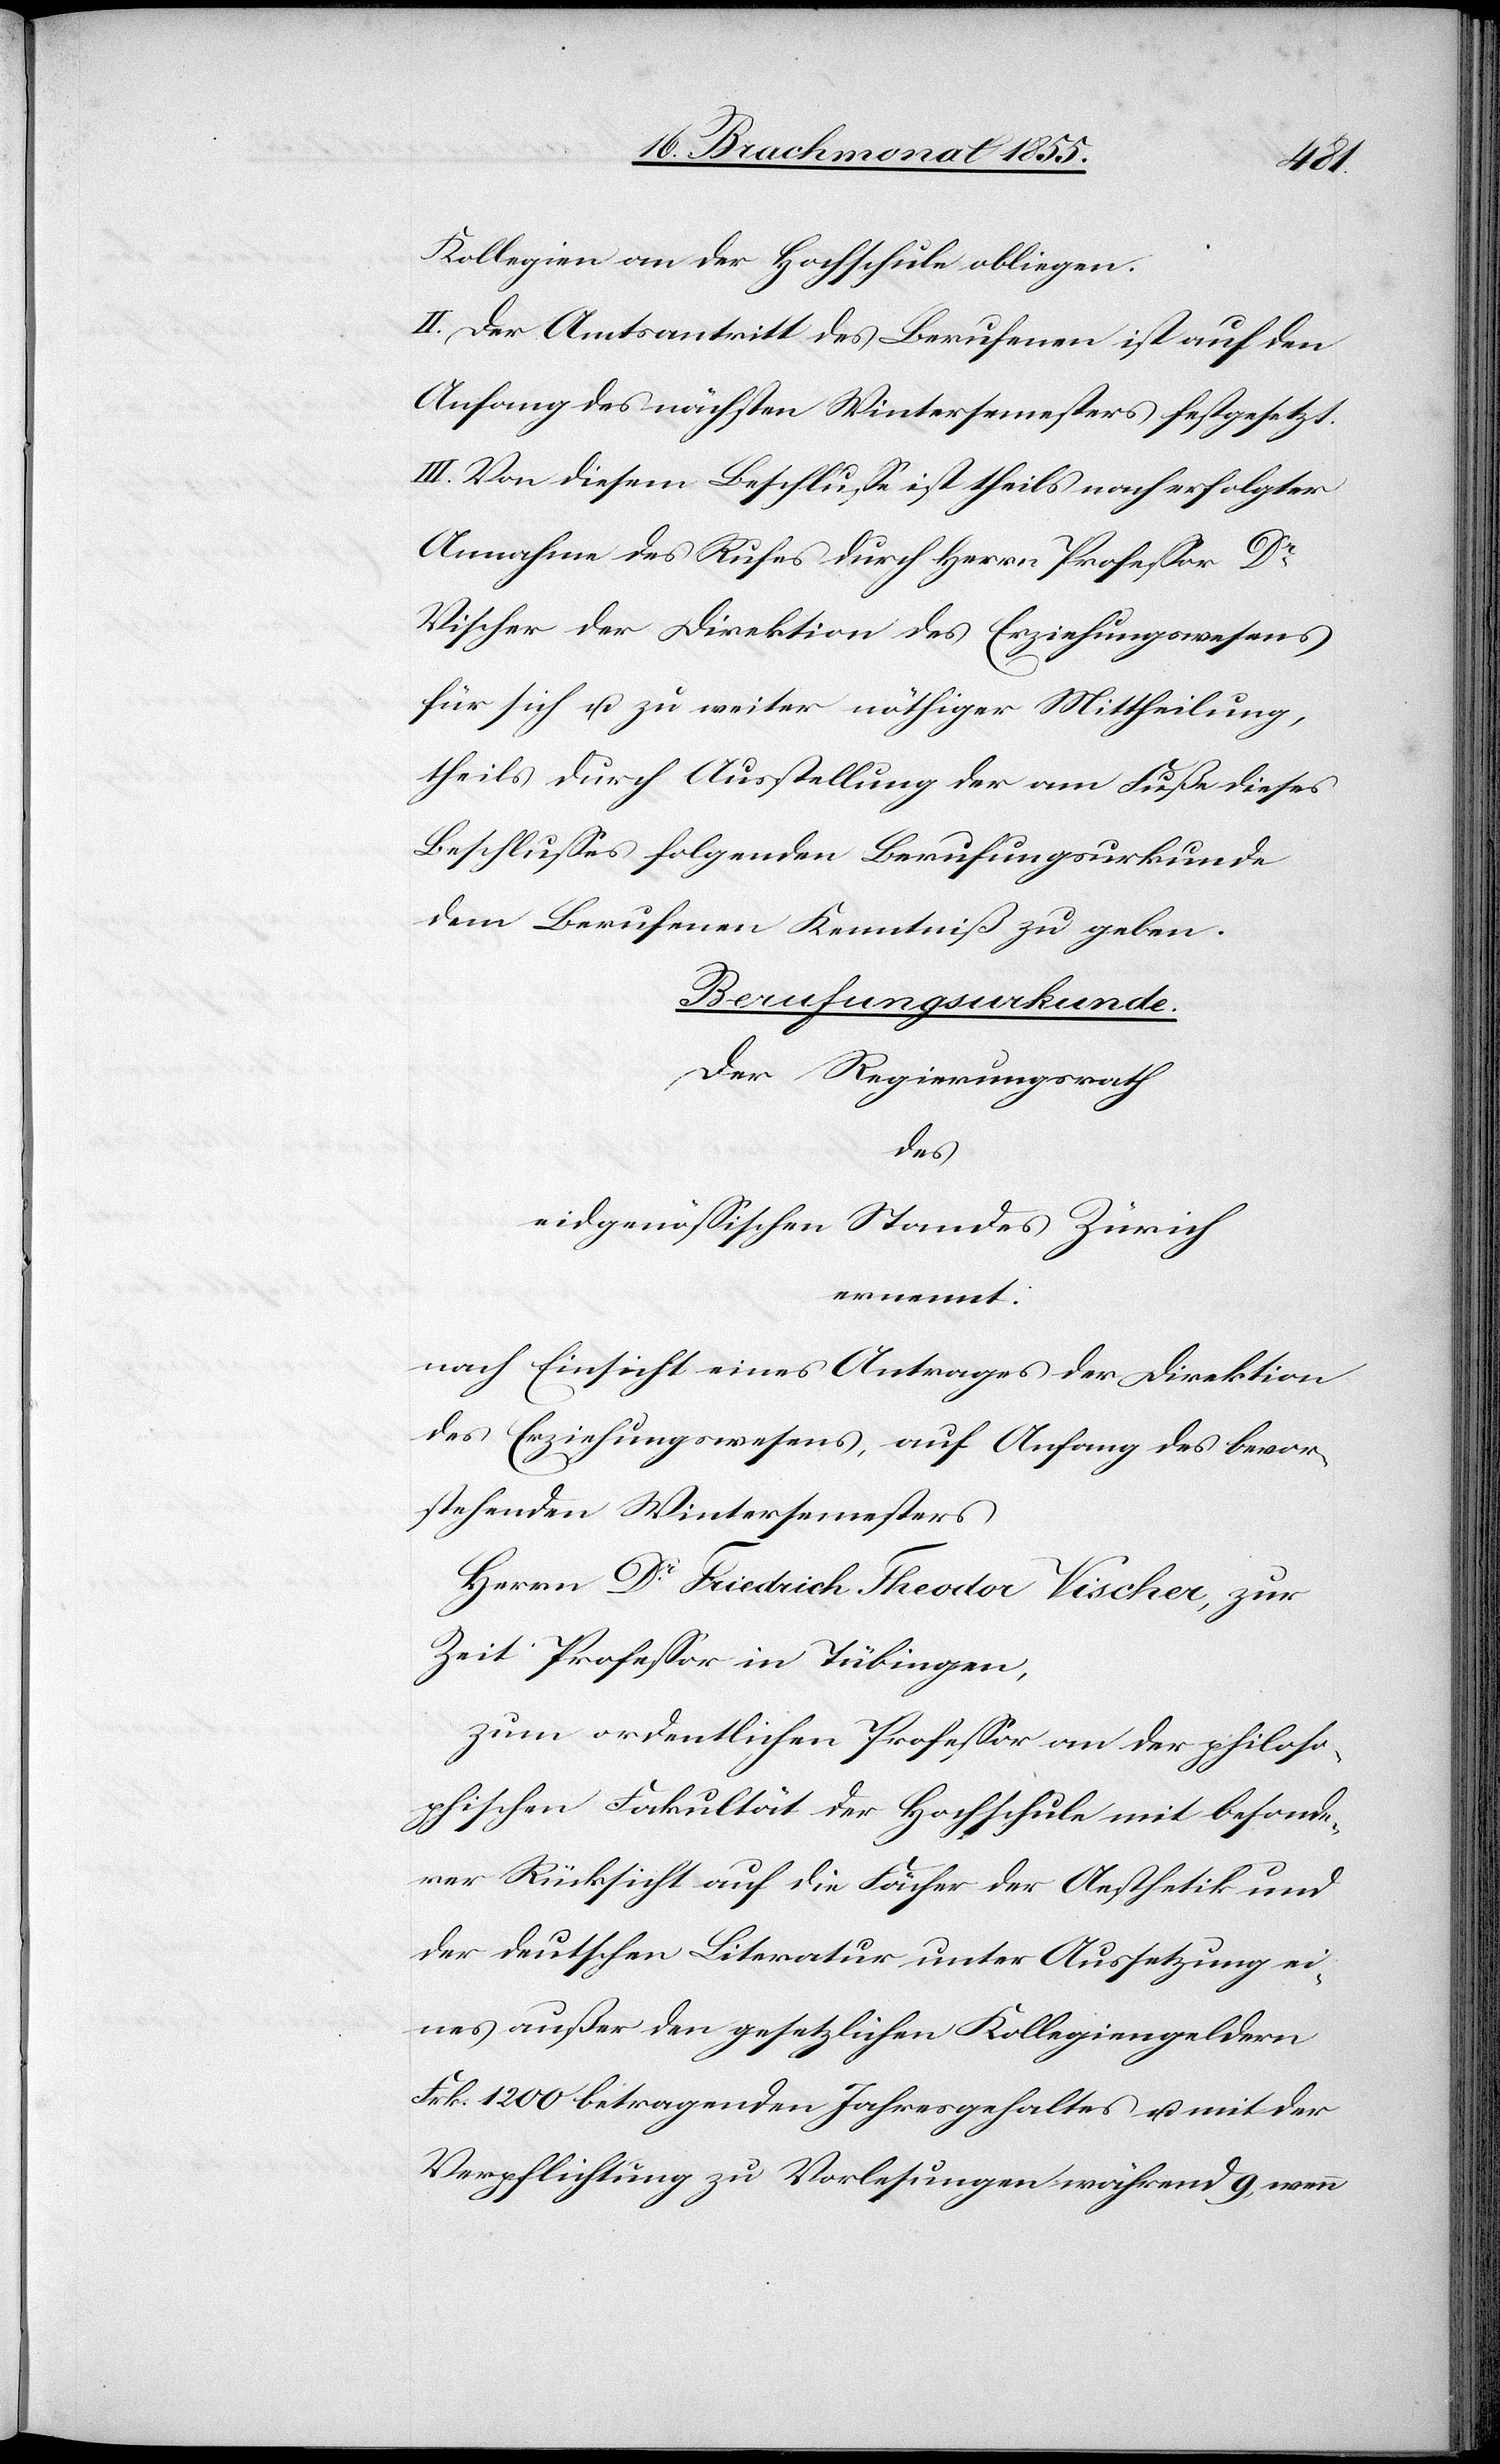
Kollegien an der Hochschule obliegen.
II. Der Amtsantritt des Berufenen ist auf den
Anfang des nächsten Wintersemesters festgesetzt.
III. Von diesem Beschlusse ist theils nach erfolgter
Annahme des Rufes durch Herrn Professor Dr
Vischer der Direktion des Erziehungswesens
für sich u. zu weiter nöthiger Mittheilung,
theils durch Ausstellung der am Fuße dieses
Beschlusses folgenden Berufungsurkunde
dem Berufenen Kenntniß zu geben.
Berufungsurkunde.
Der Regierungsrath
des
eidgenössischen Standes Zürich
ernennt:
nach Einsicht eines Antrages der Direktion
des Erziehungswesens, auf Anfang des bevor¬
stehenden Wintersemesters
Herrn Dr Friedrich Theodor Vischer, zur
Zeit Professor in Tübingen,
zum ordentlichen Professor an der philoso¬
phischen Fakultät der Hochschule mit besonde¬
rer Rücksicht auf die Fächer der Aesthetik und
der deutschen Literatur unter Aussetzung ei¬
nes außer den gesetzlichen Kollegiengeldern
Frk. 1200 betragenden Jahresgehaltes u. mit der
Verpflichtung zu Vorlesungen während 9, wenn